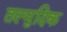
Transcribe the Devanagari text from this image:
तल्मुदिक